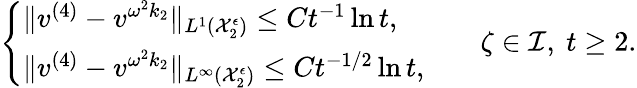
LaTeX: \begin{array}{r}{\left\{ \begin{array}{ll}{\| v^{(4)}-v^{\omega^{2}k_{2}}\| _{L^{1}(\mathcal{X}_{2}^{\epsilon})}\leq Ct^{-1}\ln t,}\\ {\| v^{(4)}-v^{\omega^{2}k_{2}}\| _{L^{\infty}(\mathcal{X}_{2}^{\epsilon})}\leq Ct^{-1/2}\ln t,}\end{array}\right.\qquad\zeta\in\mathcal{I},\ t\geq 2.}\end{array}